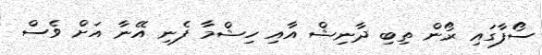
ސޯފާގައި ރޯން ތިބި ދާނިޝް އާއި ހިޝްމާ ފެނި އޭނާ އަށް ވެސް